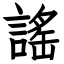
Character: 謠